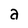
Character: a